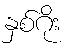
နှစ်ဂိုး